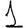
Digit: 1